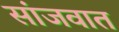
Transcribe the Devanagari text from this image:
सांजवात